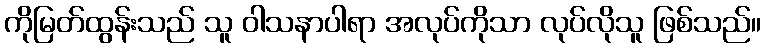
ကိုမြတ်ထွန်းသည် သူ ဝါသနာပါရာ အလုပ်ကိုသာ လုပ်လိုသူ ဖြစ်သည်။